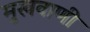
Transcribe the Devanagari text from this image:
मुखवाणी